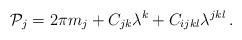
LaTeX: \begin{align*} {\cal P}_{j} = 2\pi m_{j} + C_{jk}\lambda^{k} + C_{ijkl}\lambda^{jkl} \, .\end{align*}